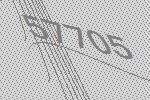
57705